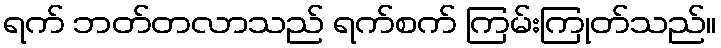
ရက် ဘတ်တလာသည် ရက်စက် ကြမ်းကြုတ်သည်။